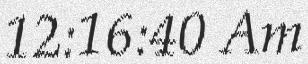
12:16:40 Am